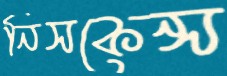
নিসকেন্স